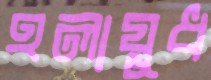
হলায়ুধ